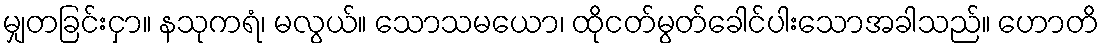
မျှတခြင်းငှာ။ နသုကရံ၊ မလွယ်။ သောသမယော၊ ထိုငတ်မွတ်ခေါင်ပါးသောအခါသည်။ ဟောတိ